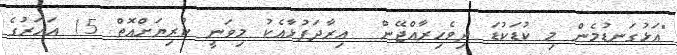
"އަޅުގަނޑުމެން މި ކުޑަކުޑަ ދިވެހިރާއްޖޭން  އިރާދަފުޅާއެކު މިވަނީ ކުރިޔަށްއޮތް 15 އަހަރުގެ